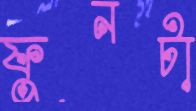
ফুনটা